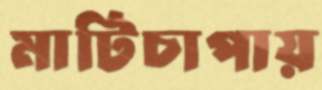
মাটিচাপায়